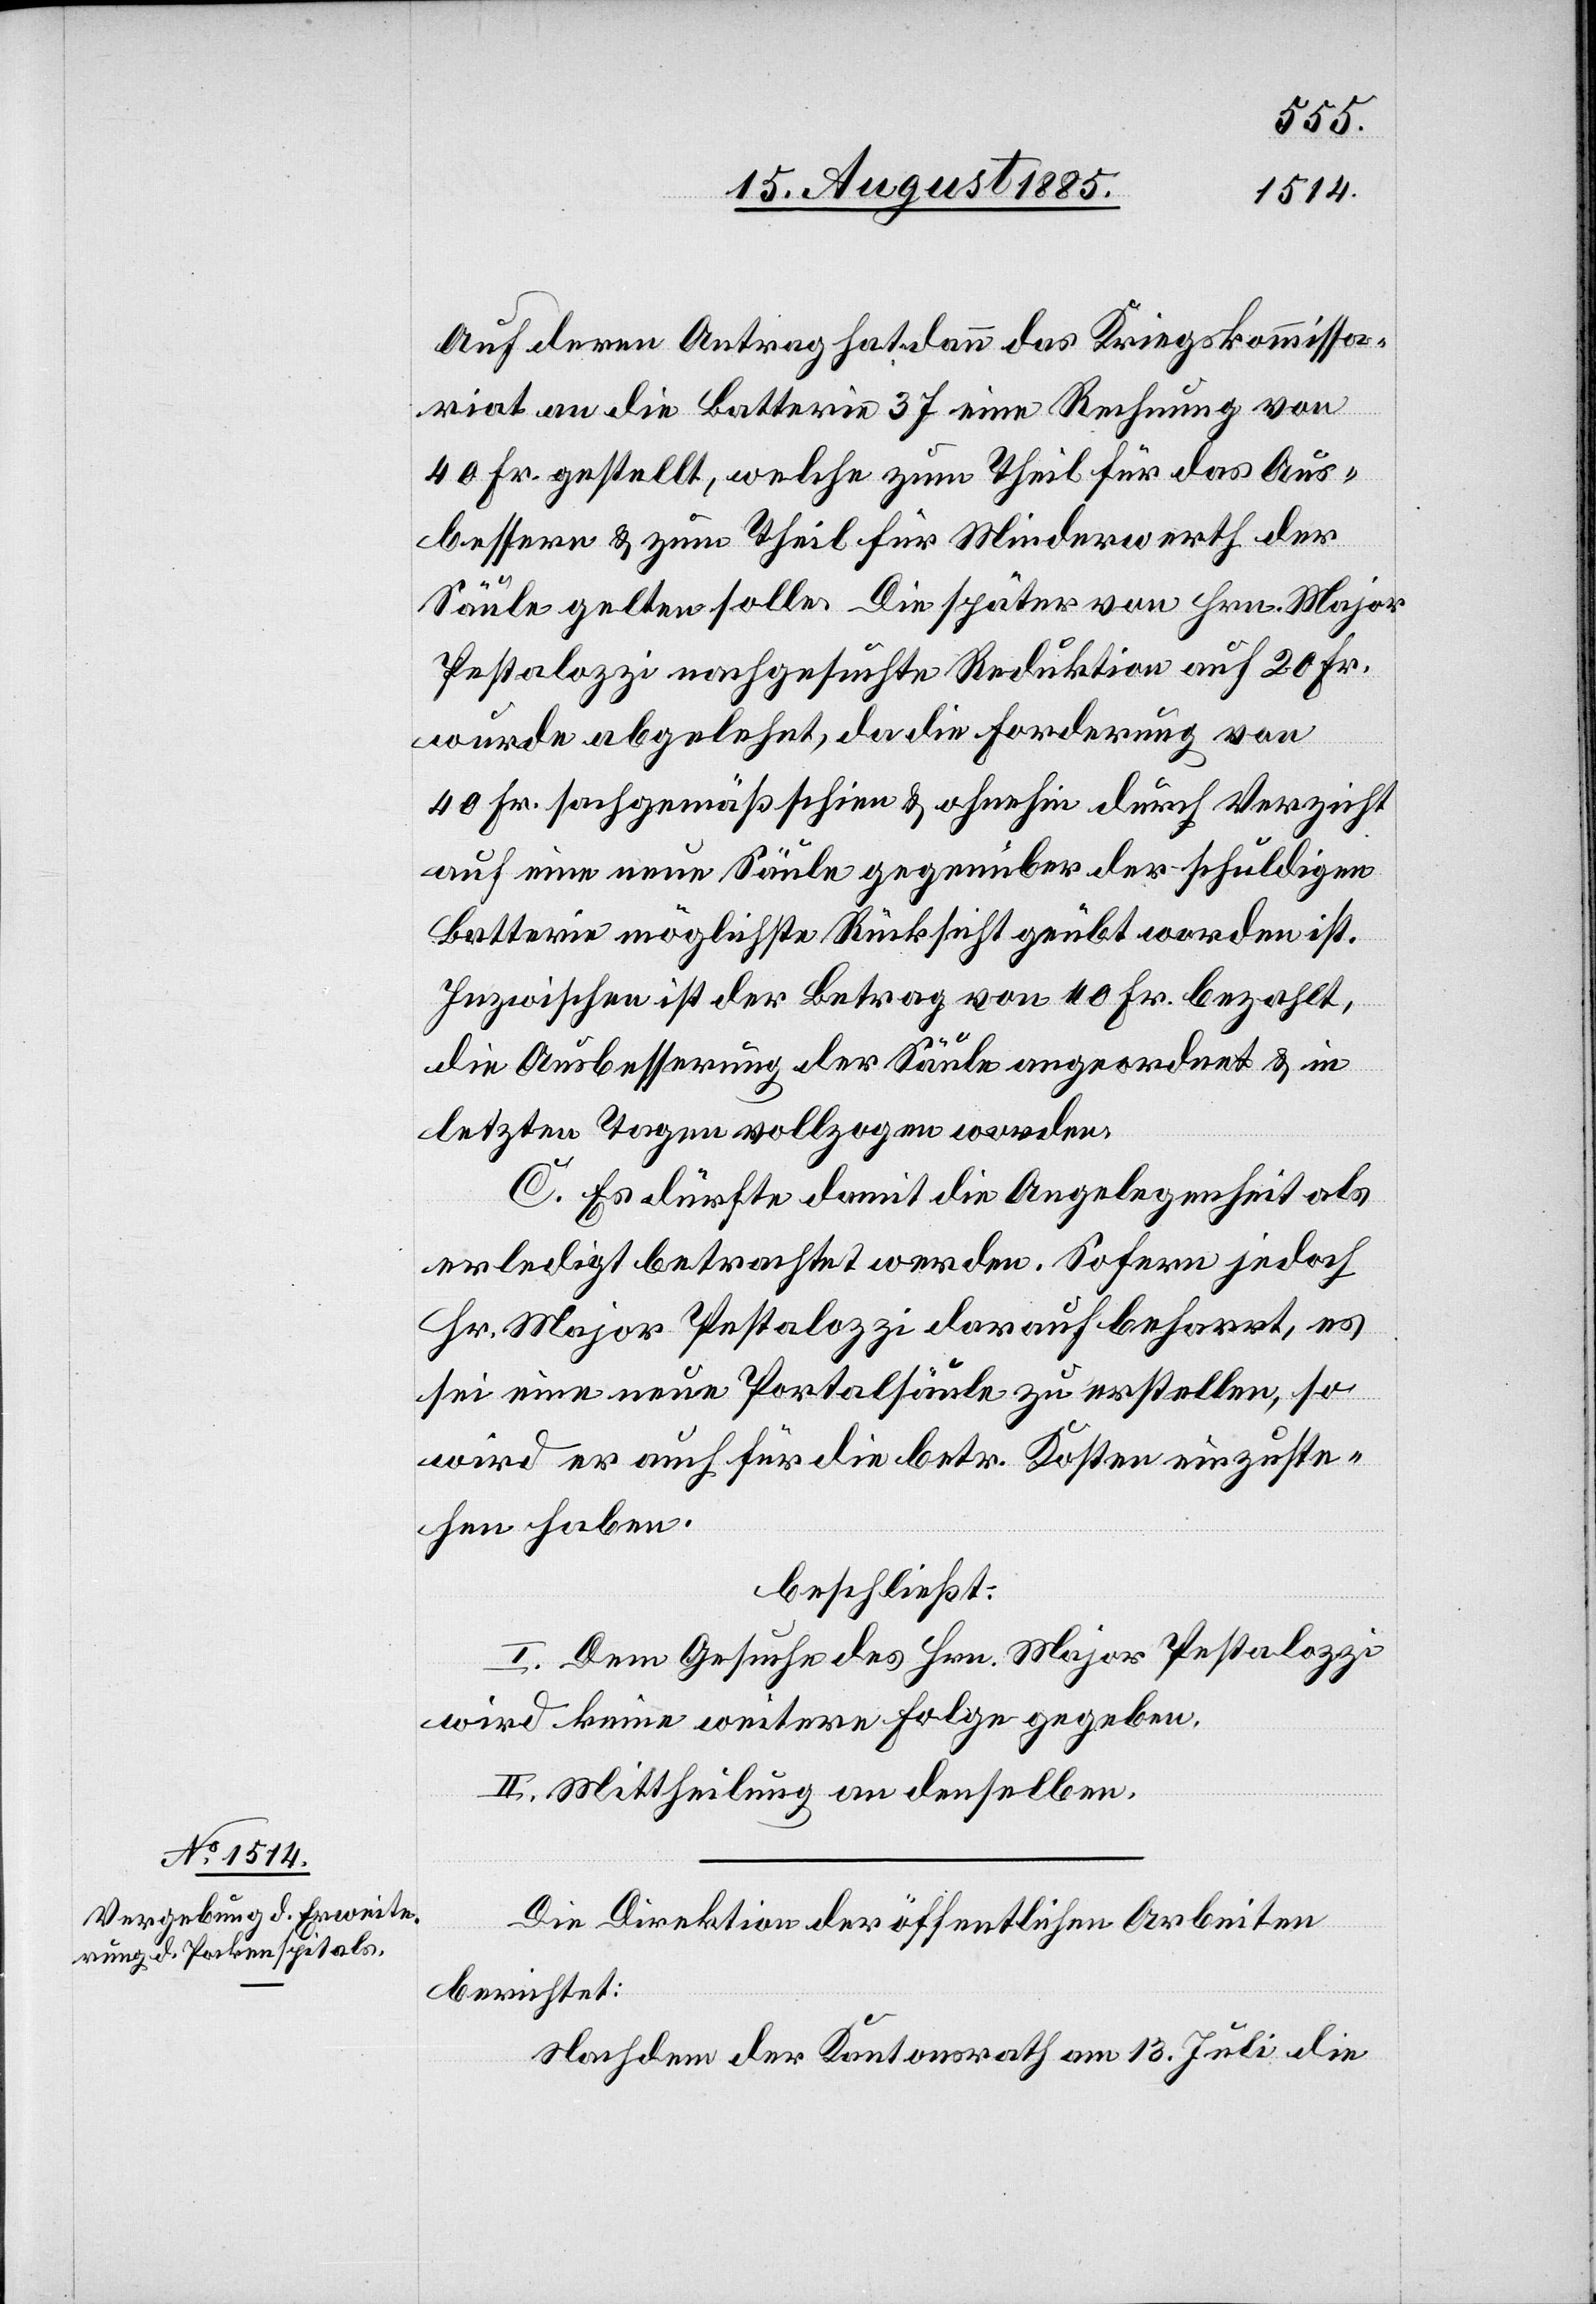
Auf deren Antrag hat dann das Kriegskomissa¬
riat an die Batterie 37 eine Rechnung von
40 Fr. gestellt, welche zum Theil für das Aus¬
bessern & zum Theil für Minderwerth der
Säule gelten solle. Die später von Hrn. Major
Pestalozzi nachgesuchte Reduktion auf 20 Fr.
wurde abgelehnt, da die Forderung von
40 Fr. sachgemäß schien & ohnehin durch Verzicht
auf eine neue Säule gegenüber der schuldigen
Batterie möglichste Rücksicht geübt worden ist.
Inzwischen ist der Betrag von 40 Fr. bezahlt,
die Ausbesserung der Säule angeordnet & in
letzten Tagen vollzogen worden.
C. Es dürfte damit die Angelegenheit als
erledigt betrachtet werden. Sofern jedoch
Hr. Major Pestalozzi darauf beharrt, es
sei eine neue Portalsäule zu erstellen, so
wird er auch für die betr. Kosten einzuste¬
hen haben.
beschließt:
I. Dem Gesuch des Hrn. Major Pestalozzi
wird keine weitere Folge gegeben.
II. Mittheilung an denselben.
Die Direktion der öffentlichen Arbeiten
berichtet:
Nachdem der Kantonsrath am 13. Juli die